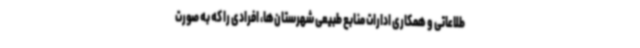
طلاعاتی و همکاری ادارات منابع طبیعی شهرستان‌ها، افرادی را که به صورت